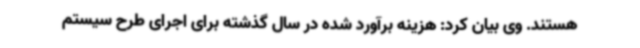
هستند. وی بیان کرد: هزینه برآورد شده در سال گذشته برای اجرای طرح سیستم